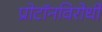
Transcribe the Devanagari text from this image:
प्रोटॉनविरोधी